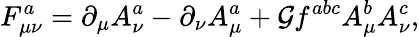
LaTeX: F_{\mu\nu}^{a}=\partial_{\mu}A_{\nu}^{a}-\partial_{\nu}A_{\mu}^{a}+\mathcal{G}f^{abc}A_{\mu}^{b}A_{\nu}^{c},